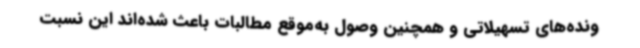
ونده‌های تسهیلاتی و همچنین وصول به‌موقع مطالبات باعث شده‌اند این نسبت